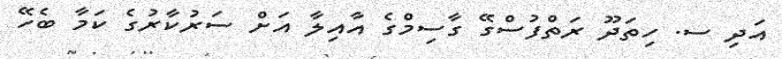
އަދި ސ. ހިތަދޫ ރަތްފުސްގޭ ގާސިމްގެ އާއިލާ އަށް ސަރުކާރުގެ ކަމާ ބެހޭ